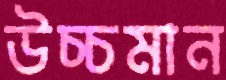
উচ্চমান